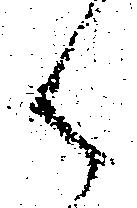
御